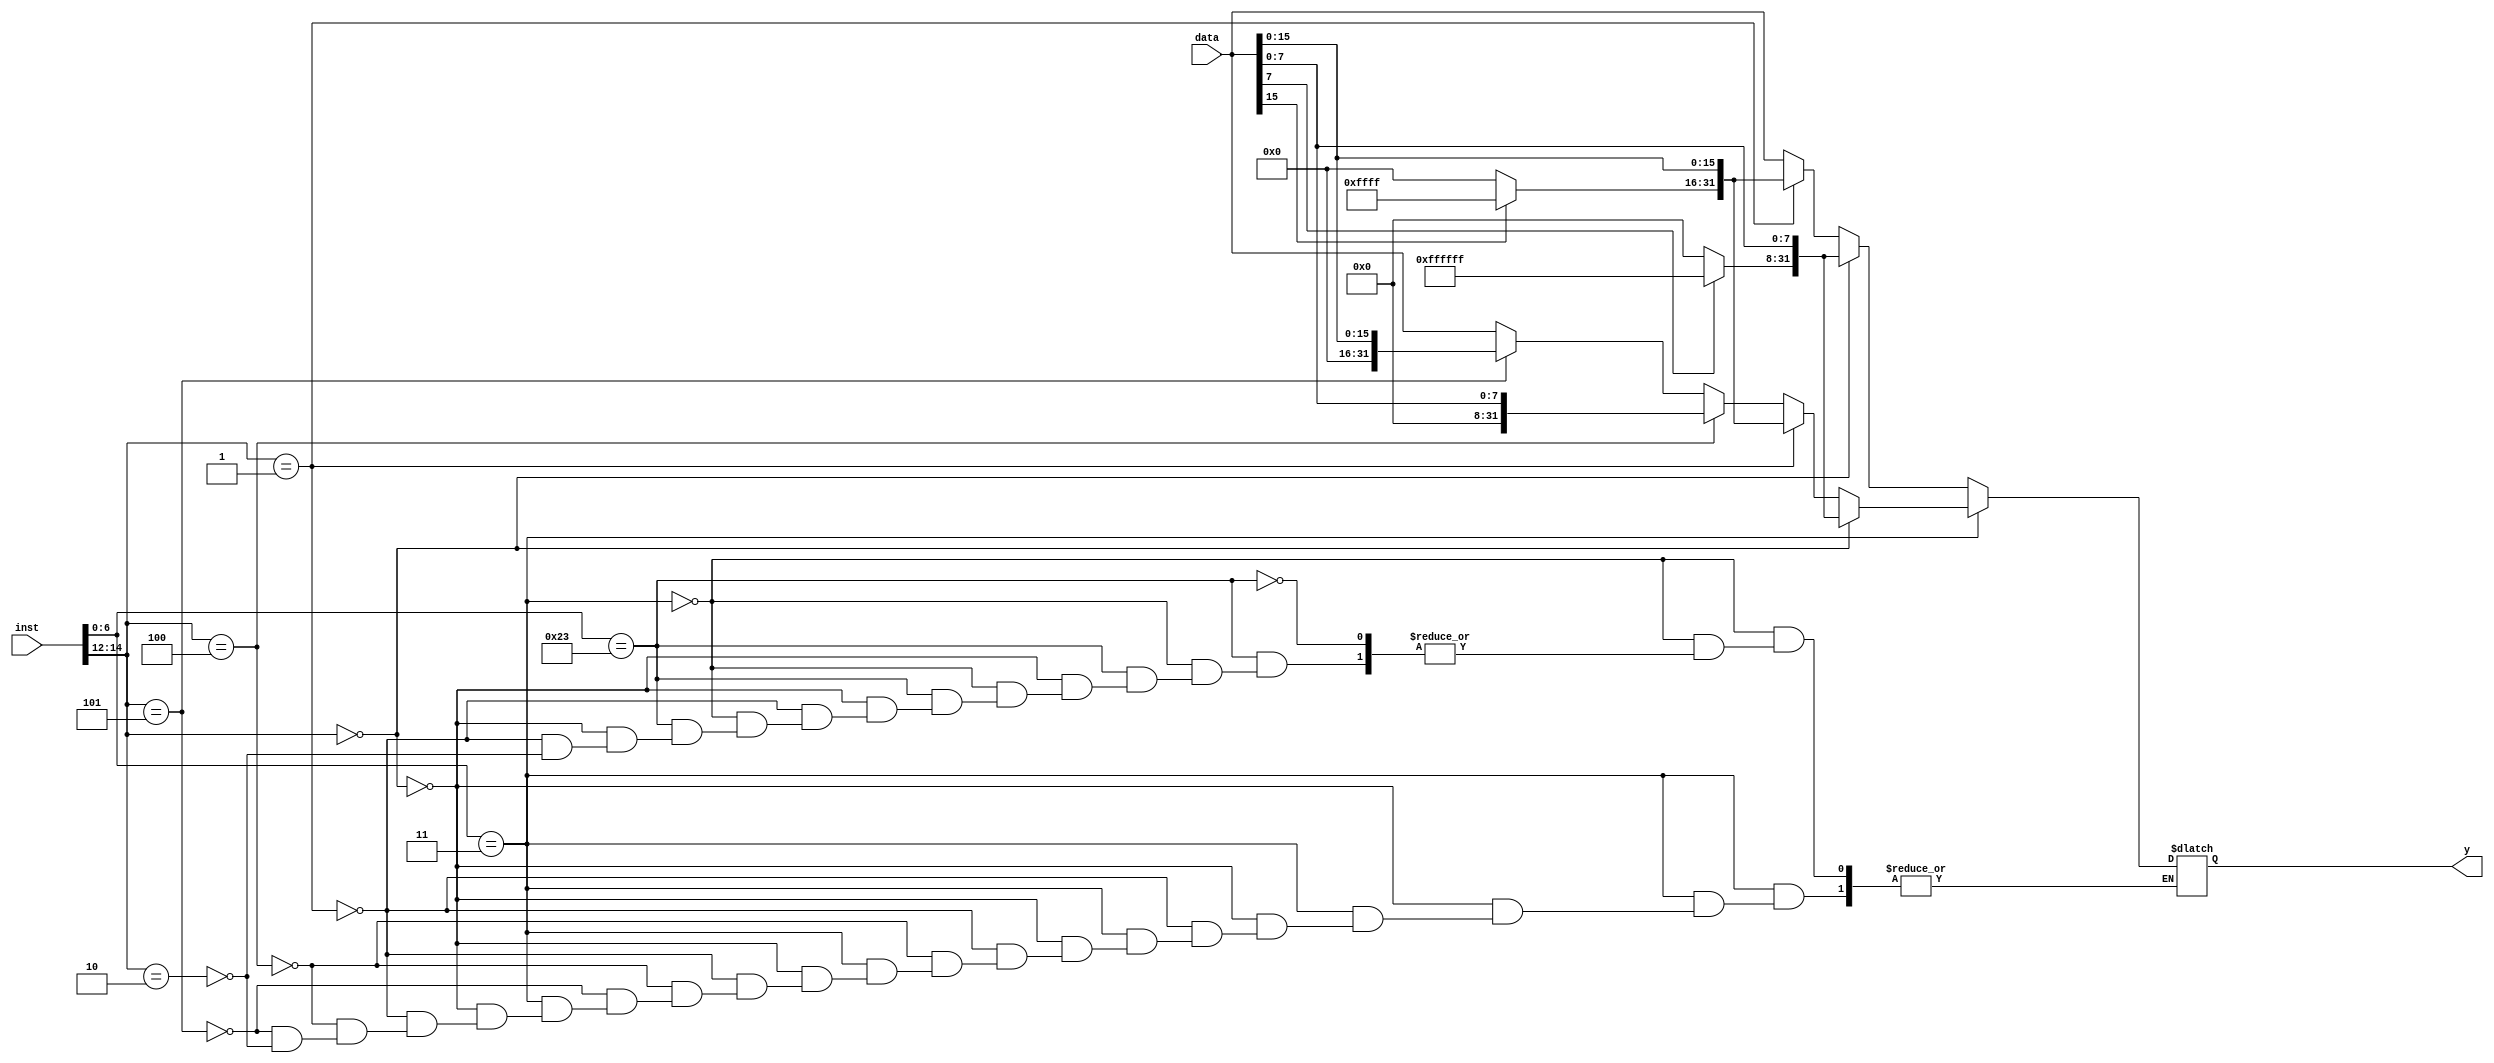
`timescale 1ns / 1ps

module data_extract
    #(parameter WIDTH = 32)
    (input [WIDTH-1:0] inst,
    input [WIDTH-1:0] data,
     output reg [WIDTH-1:0] y);
    reg [31:0] Imm_out; 
    wire [15:0] s_bit;
    wire [7:0] e_bit;
    assign s_bit = data[15:0];
    assign e_bit = data[7:0];
always@(*)
		begin
		Imm_out = {inst[31]? {20{1'b1}}:{20{1'b0}}, inst[31:20]};
		if(inst[6:0] == 7'b0000011)
			begin
			if(inst[14:12] == 3'b000)
				y = {e_bit[7]? {24{1'b1}}:{24{1'b0}}, e_bit};
			else if(inst[14:12] == 3'b001)
				y = {s_bit[15]? {16{1'b1}}:{16{1'b0}}, s_bit};
			else if(inst[14:12] == 3'b100)
				y = {24'b0, e_bit};
			else if(inst[14:12] == 3'b101)
				y = {16'b0, s_bit};
			else if(inst[14:12] == 3'b010)
				y = data;
			end
		else if(inst[6:0] == 7'b0100011)
			begin
			if(inst[14:12] == 3'b000)
				y = {e_bit[7]? {24{1'b1}}:{24{1'b0}}, e_bit};
			else if(inst[14:12] == 3'b001)
				y = {s_bit[15]? {16{1'b1}}:{16{1'b0}}, s_bit};
			else if(inst[14:12] == 3'b010)
				y = data;
			end
		end

endmodule